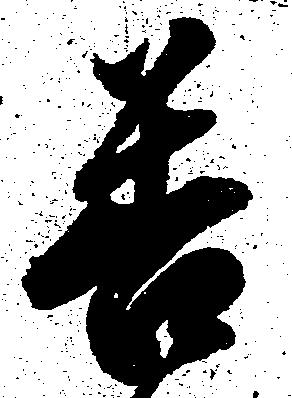
善